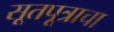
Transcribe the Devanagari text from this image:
सूतपूत्राचा